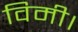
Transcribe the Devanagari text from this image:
विमी।